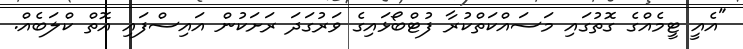
"އެއީ ޓީމެއްގެ ގޮތުގައި މަސައްކަތްކުރާ ފުޓްބޯޅައިގެ ވަރުގަދަ ރަށަކުން އައިސްފައި އޮތް ކްލަބެއް.